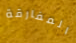
المفارقة